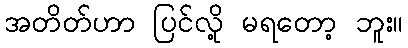
အတိတ်ဟာ ပြင်လို့ မရတော့ ဘူး။